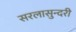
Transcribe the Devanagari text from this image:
सरलासुन्दरी